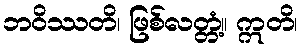
ဘဝိဿတိ၊ ဖြစ်လတ္တံ့။ ဣတိ၊